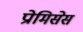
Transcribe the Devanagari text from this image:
प्रोमिसेस